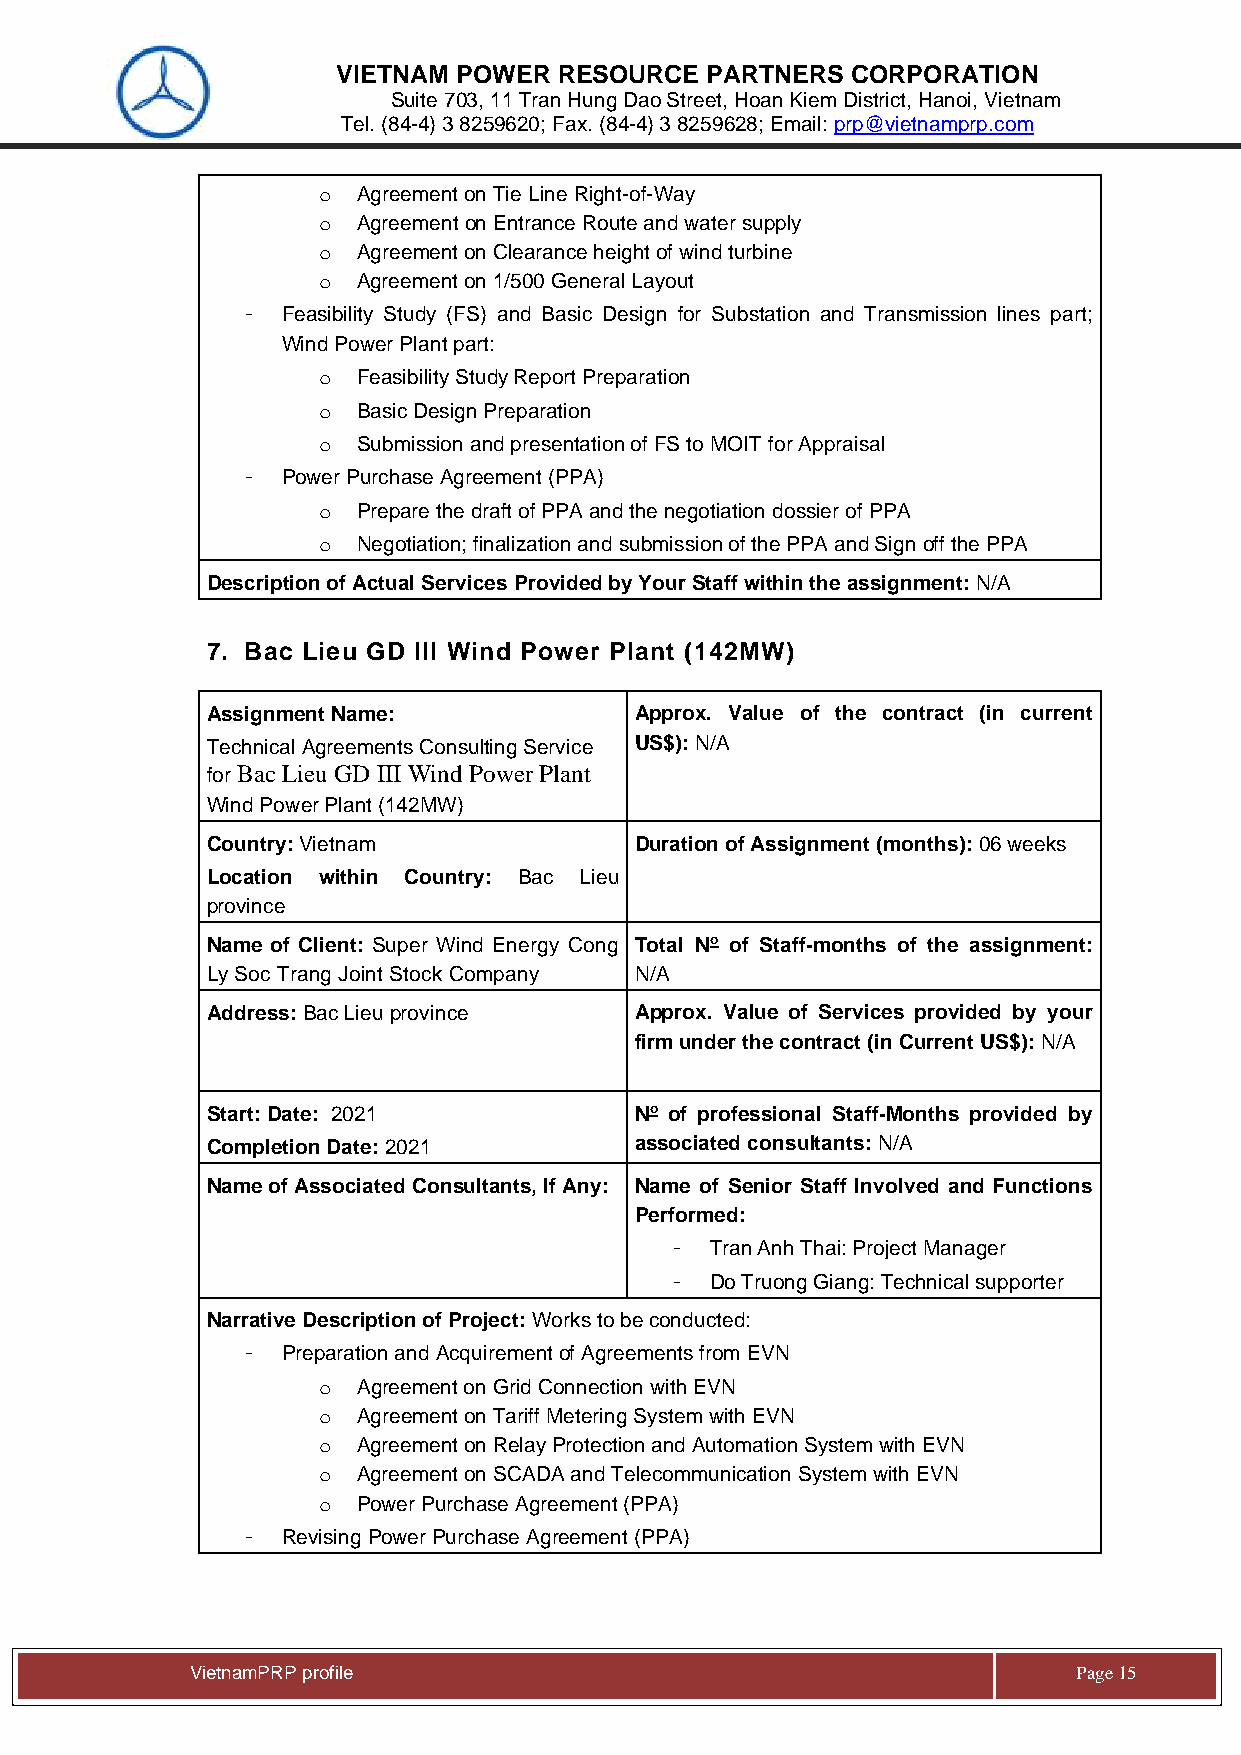
VIETNAM POWER  RESOURCE  PARTNERS CORPORATION
 Suite 703, 11 Tran Hung Dao Street, Hoan Kiem District, Hanoi, Vietnam
 Tel. (84-4) 3 8259620; Fax. (84-4) 3 8259628; Email: prp@vietnamprp.com
 o  Agreement on Tie Line Right-of-Way
 o  Agreement on Entrance Route and water supply
 o  Agreement on Clearance height of wind turbine
 o  Agreement on 1/500 General Layout
 -  Feasibility Study (FS) and Basic Design for Substation and Transmission lines part;
 Wind Power Plant part:
 o  Feasibility Study Report Preparation
 o  Basic Design Preparation
 o  Submission and presentation of FS to MOIT for Appraisal
 -  Power Purchase Agreement (PPA)
 o  Prepare the draft of PPA and the negotiation dossier of PPA
 o  Negotiation; finalization and submission of the PPA and Sign off the PPA
 Description of Actual Services Provided by Your Staff within the assignment: N/A
 7. Bac Lieu GD III Wind Power Plant (142MW)
 Assignment Name:            Approx. Value of the contract (in current
 Technical Agreements Consulting Service US$): N/A
 for Bac Lieu GD III Wind Power Plant
 Wind Power Plant (142MW)
 Country: Vietnam            Duration of Assignment (months): 06 weeks
 Location within Country: Bac Lieu
 province
 Name of Client: Super Wind Energy Cong Total No of Staff-months of the assignment:
 Ly Soc Trang Joint Stock Company N/A
 Address: Bac Lieu province  Approx. Value of Services provided by your
 firm under the contract (in Current US$): N/A
 Start: Date: 2021           No of professional Staff-Months provided by
 Completion Date: 2021       associated consultants: N/A
 Name of Associated Consultants, If Any: Name of Senior Staff Involved and Functions
 Performed:
 -  Tran Anh Thai: Project Manager
 -  Do Truong Giang: Technical supporter
 Narrative Description of Project: Works to be conducted:
 -  Preparation and Acquirement of Agreements from EVN
 o  Agreement on Grid Connection with EVN
 o  Agreement on Tariff Metering System with EVN
 o  Agreement on Relay Protection and Automation System with EVN
 o  Agreement on SCADA and Telecommunication System with EVN
 o  Power Purchase Agreement (PPA)
 -  Revising Power Purchase Agreement (PPA)
 Vie tnamPRP profile                                       Page 15